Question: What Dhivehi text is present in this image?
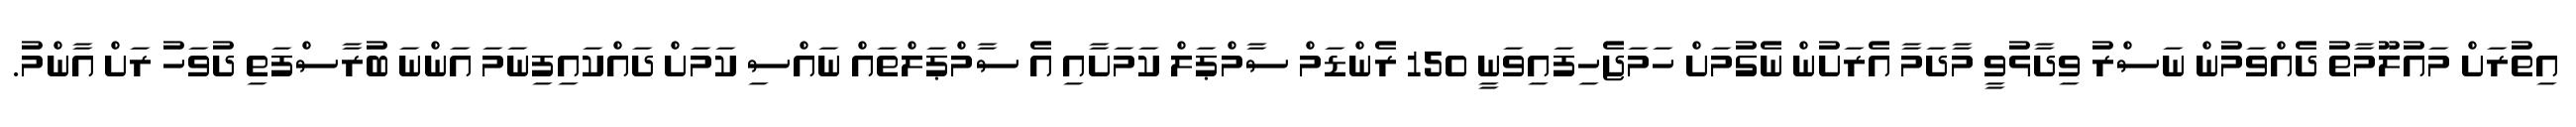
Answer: އިތުރަށް މައުލޫމާތު ދެއްވަމުން ނަސްރު ވިދާޅުވީ މާދަމާ އެރަށުން ނެގުމަށް ހަމަޖެހިފައިވަނީ 150 ރެންޑަމް ސާމްޕަލް ކަމަށާއި އެ ސާމްޕަލްތައް ނައްސި ކަމަށް ދައްކައިފިނަމަ އަންނަ ބުރާސްފަތި ދުވަހު ރަށް އާންމު.